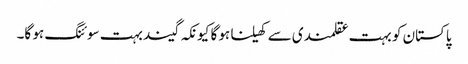
پاکستان کو بہت عقلمندی سے کھیلنا ہو گا کیونکہ گیند بہت سوئنگ ہو گا۔